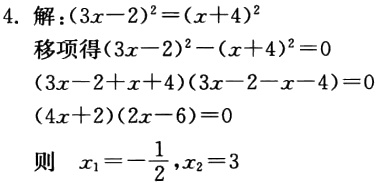
4. 解：\((3x - 2)^2 = (x + 4)^2\)
移项得\((3x - 2)^2 - (x + 4)^2 = 0\)
\((3x - 2 + x + 4)(3x - 2 - x - 4)=0\)
\((4x + 2)(2x - 6)=0\)
则 \(x_1 = -\frac{1}{2},x_2 = 3\)